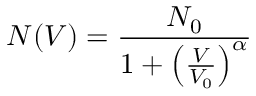
N ( V ) = \frac { N _ { 0 } } { 1 + \left( \frac { V } { V _ { 0 } } \right) ^ { \alpha } }